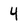
Character: 4